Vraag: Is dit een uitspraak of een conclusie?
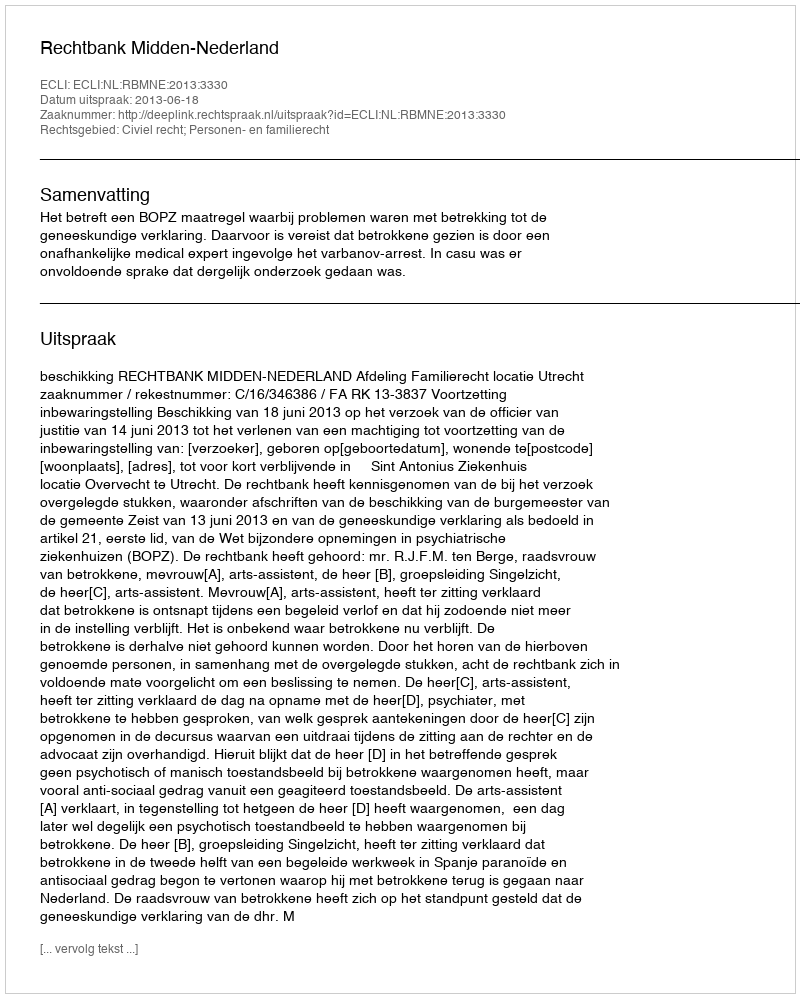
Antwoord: Uitspraak